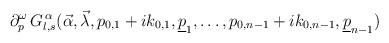
LaTeX: \begin{align*}\partial_{p}^{\omega}\,G^{\,\alpha}_{l,s}(\vec\alpha,\vec\lambda,p_{0,1}+ik_{0,1},\underline{p}_{1},\ldots,p_{0,n-1}+ik_{0,n-1},\underline{p}_{n-1})\end{align*}